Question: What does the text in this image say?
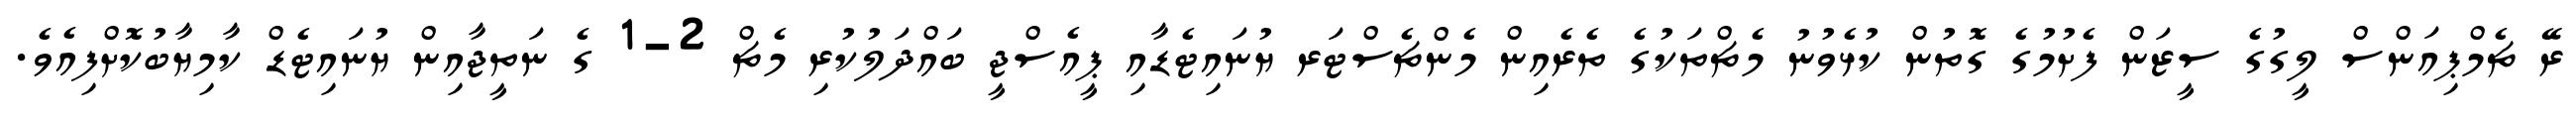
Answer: ރޭ ޗެމްޕިއަންސް ލީގުގެ ސީޒަން ފެށުމުގެ ގޮތުން ކުޅެވުނު މެޗްތަކުގެ ތެރެއިން މެންޗެސްޓަރ ޔުނައިޓެޑާއި ޕީއެސްޖީ ބައްދަލުކުރި މެޗް 2-1 ގެ ނަތީޖާއިން ޔުނައިޓެޑް ކާމިޔާބުކޮށްފިއެވެ.